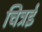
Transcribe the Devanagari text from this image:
चित्रई